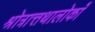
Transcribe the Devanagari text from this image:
श्रोत्रात्तथालोकाँ